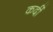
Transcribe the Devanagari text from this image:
कर्दी